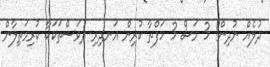
ދުލެއް ނުދިން! 3 މަސް 3 ހަފްތާ ކުރިން އަނދިރި ދުވަސްތަކަކާ ކުރިމަތިލާން